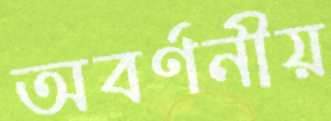
অবর্ণনীয়